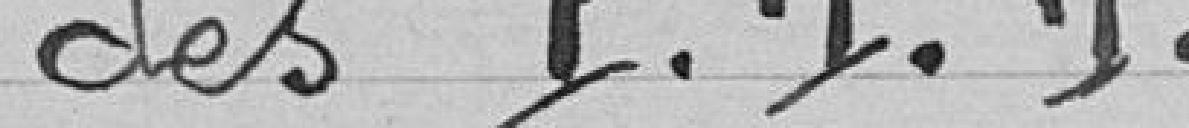
des P.T.T.